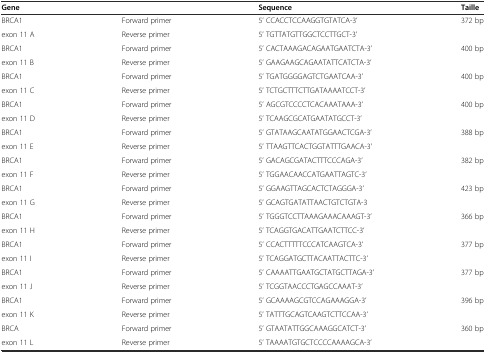
<table><thead><tr><td><b>Gene</b></td><td></td><td><b>Sequence</b></td><td><b>Taille</b></td></tr></thead><tbody><tr><td>BRCA1</td><td>Forward primer</td><td>5’ CCACCTCCAAGGTGTATCA-3’</td><td>372 bp</td></tr><tr><td>exon 11 A</td><td>Reverse primer</td><td>5’ TGTTATGTTGGCTCCTTGCT-3’</td><td></td></tr><tr><td>BRCA1</td><td>Forward primer</td><td>5’ CACTAAAGACAGAATGAATCTA-3’</td><td>400 bp</td></tr><tr><td>exon 11 B</td><td>Reverse primer</td><td>5’ GAAGAAGCAGAATATTCATCTA-3’</td><td></td></tr><tr><td>BRCA1</td><td>Forward primer</td><td>5’ TGATGGGGAGTCTGAATCAA-3’</td><td>400 bp</td></tr><tr><td>exon 11 C</td><td>Reverse primer</td><td>5’ TCTGCTTTCTTGATAAAATCCT-3’</td><td></td></tr><tr><td>BRCA1</td><td>Forward primer</td><td>5’ AGCGTCCCCTCACAAATAAA-3’</td><td>400 bp</td></tr><tr><td>exon 11 D</td><td>Reverse primer</td><td>5’ TCAAGCGCATGAATATGCCT-3’</td><td></td></tr><tr><td>BRCA1</td><td>Forward primer</td><td>5’ GTATAAGCAATATGGAACTCGA-3’</td><td>388 bp</td></tr><tr><td>exon 11 E</td><td>Reverse primer</td><td>5’ TTAAGTTCACTGGTATTTGAACA-3’</td><td></td></tr><tr><td>BRCA1</td><td>Forward primer</td><td>5’ GACAGCGATACTTTCCCAGA-3’</td><td>382 bp</td></tr><tr><td>exon 11 F</td><td>Reverse primer</td><td>5’ TGGAACAACCATGAATTAGTC-3’</td><td></td></tr><tr><td>BRCA1</td><td>Forward primer</td><td>5’ GGAAGTTAGCACTCTAGGGA-3’</td><td>423 bp</td></tr><tr><td>exon 11 G</td><td>Reverse primer</td><td>5’ GCAGTGATATTAACTGTCTGTA-3</td><td></td></tr><tr><td>BRCA1</td><td>Forward primer</td><td>5’ TGGGTCCTTAAAGAAACAAAGT-3’</td><td>366 bp</td></tr><tr><td>exon 11 H</td><td>Reverse primer</td><td>5’ TCAGGTGACATTGAATCTTCC-3’</td><td></td></tr><tr><td>BRCA1</td><td>Forward primer</td><td>5’ CCACTTTTTCCCATCAAGTCA-3’</td><td>377 bp</td></tr><tr><td>exon 11 I</td><td>Reverse primer</td><td>5’ TCAGGATGCTTACAATTACTTC-3’</td><td></td></tr><tr><td>BRCA1</td><td>Forward primer</td><td>5’ CAAAATTGAATGCTATGCTTAGA-3’</td><td>377 bp</td></tr><tr><td>exon 11 J</td><td>Reverse primer</td><td>5’ TCGGTAACCCTGAGCCAAAT-3’</td><td></td></tr><tr><td>BRCA1</td><td>Forward primer</td><td>5’ GCAAAAGCGTCCAGAAAGGA-3’</td><td>396 bp</td></tr><tr><td>exon 11 K</td><td>Reverse primer</td><td>5’ TATTTGCAGTCAAGTCTTCCAA-3’</td><td></td></tr><tr><td>BRCA</td><td>Forward primer</td><td>5’ GTAATATTGGCAAAGGCATCT-3’</td><td>360 bp</td></tr><tr><td>exon 11 L</td><td>Reverse primer</td><td>5’ TAAAATGTGCTCCCCAAAAGCA-3’</td><td></td></tr></tbody></table>